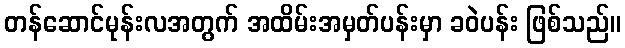
တန်ဆောင်မုန်းလအတွက် အထိမ်းအမှတ်ပန်းမှာ ခဝဲပန်း ဖြစ်သည်။